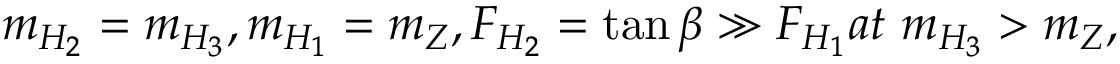
m _ { H _ { 2 } } = m _ { H _ { 3 } } , m _ { H _ { 1 } } = m _ { Z } , F _ { H _ { 2 } } = \tan \beta \gg F _ { H _ { 1 } } a t \, \, m _ { H _ { 3 } } > m _ { Z } ,